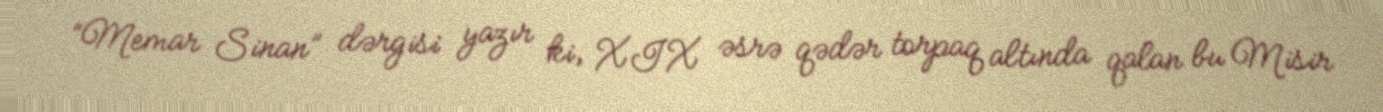
“Memar Sinan” dərgisi yazır ki, XIX əsrə qədər torpaq altında qalan bu Misir